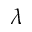
\lambda